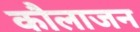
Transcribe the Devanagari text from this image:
कौलाजन